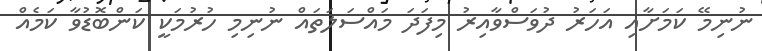
ނުނިމޭ ކަމަށާއި އަހަރު ދުވަސްވާއިރު މިފަދަ މައްސަލަތައް ނުނިމި ހުރުމަކީ ކަންބޮޑުވާ ކަމެއް